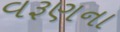
વરૂણના